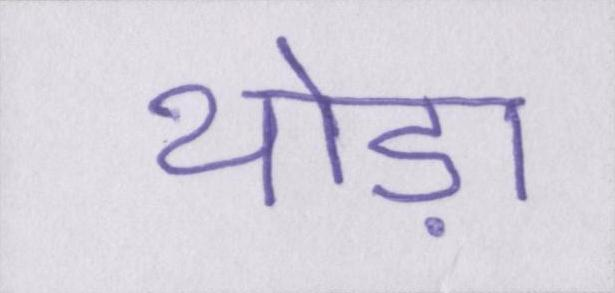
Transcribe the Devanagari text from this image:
थोड़ा